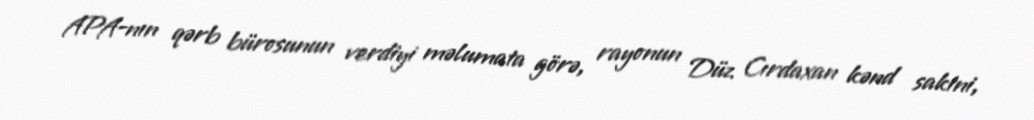
APA-nın qərb bürosunun verdiyi məlumata görə, rayonun Düz Cırdaxan kənd sakini,